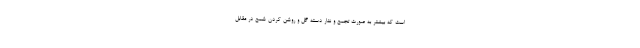
است که بیشتر به صورت تجمع و نثار دسته گل و روشن کردن شمع در مقابل